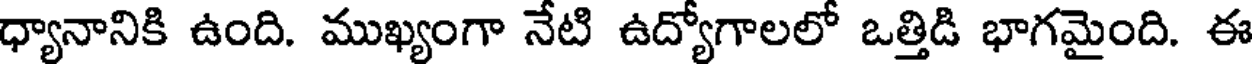
ధ్యానానికి ఉంది. ముఖ్యంగా నేటి ఉద్యోగాలలో ఒత్తిడి భాగమైంది. ఈ